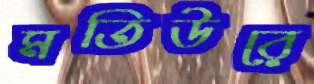
মতিউরে